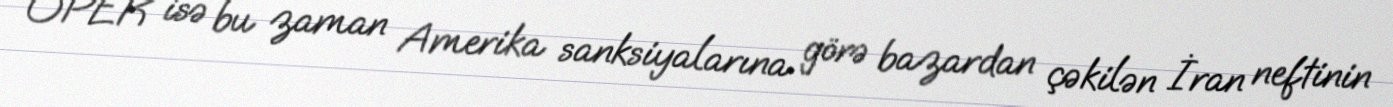
OPEK isə bu zaman Amerika sanksiyalarına görə bazardan çəkilən İran neftinin